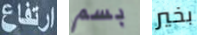
ارتفاع بسم بخير